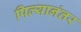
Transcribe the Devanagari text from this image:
पिल्यानंतर